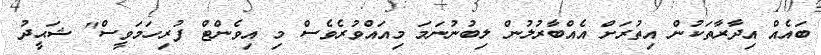
ބައެއް އިދާރާތަކުން އިތުރަށް އެއްބާރުލުން ލިބުނުނަމަ މިއައްވުރެވެސް މި އިވެންޓް ފުރިހަމަވީސް" ޝަޙީދު